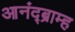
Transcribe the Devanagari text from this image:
आनंद्ब्राम्ह